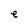
Character: e